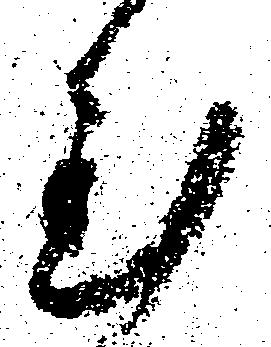
至